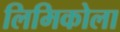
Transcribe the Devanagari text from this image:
लिमिकोला